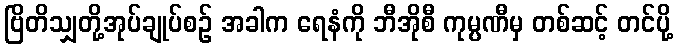
ဗြိတိသျှတို့အုပ်ချုပ်စဉ် အခါက ရေနံကို ဘီအိုစီ ကုမ္ပဏီမှ တစ်ဆင့် တင်ပို့